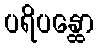
ပရိပန္ထော